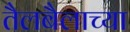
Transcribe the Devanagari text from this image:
तैलबैलाच्या